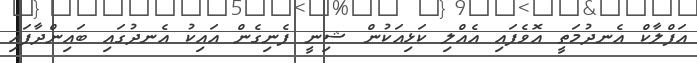
އަފްލާކް އެނދުމަތީ އޮވެފައި އެއްލި ކަޅިއަކުން ޝިނީ ފެނިގެން އައިކު އެނދުގައި ބައިންދާފައި